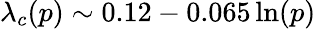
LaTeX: \lambda_{c}(p)\sim 0.12-0.065\ln(p)